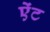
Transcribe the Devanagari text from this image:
ऐंट